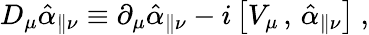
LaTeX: D_{\mu}\hat{\alpha}_{\parallel\nu}\equiv\partial_{\mu}\hat{\alpha}_{\parallel\nu}-i\left[V_{\mu}\, ,\, \hat{\alpha}_{\parallel\nu}\right]\ ,